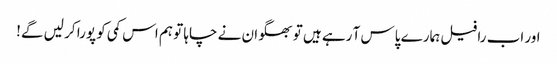
اور اب رافیل ہمارے پاس آ رہے ہیں تو بھگوان نے چاہا تو ہم اس کمی کو پورا کر لیں گے!